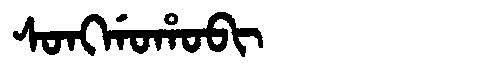
Manchu: ᠰᠣᠩᡤᠣᡥᠣᠪᡳ
Romanization: SONGGOHOBI